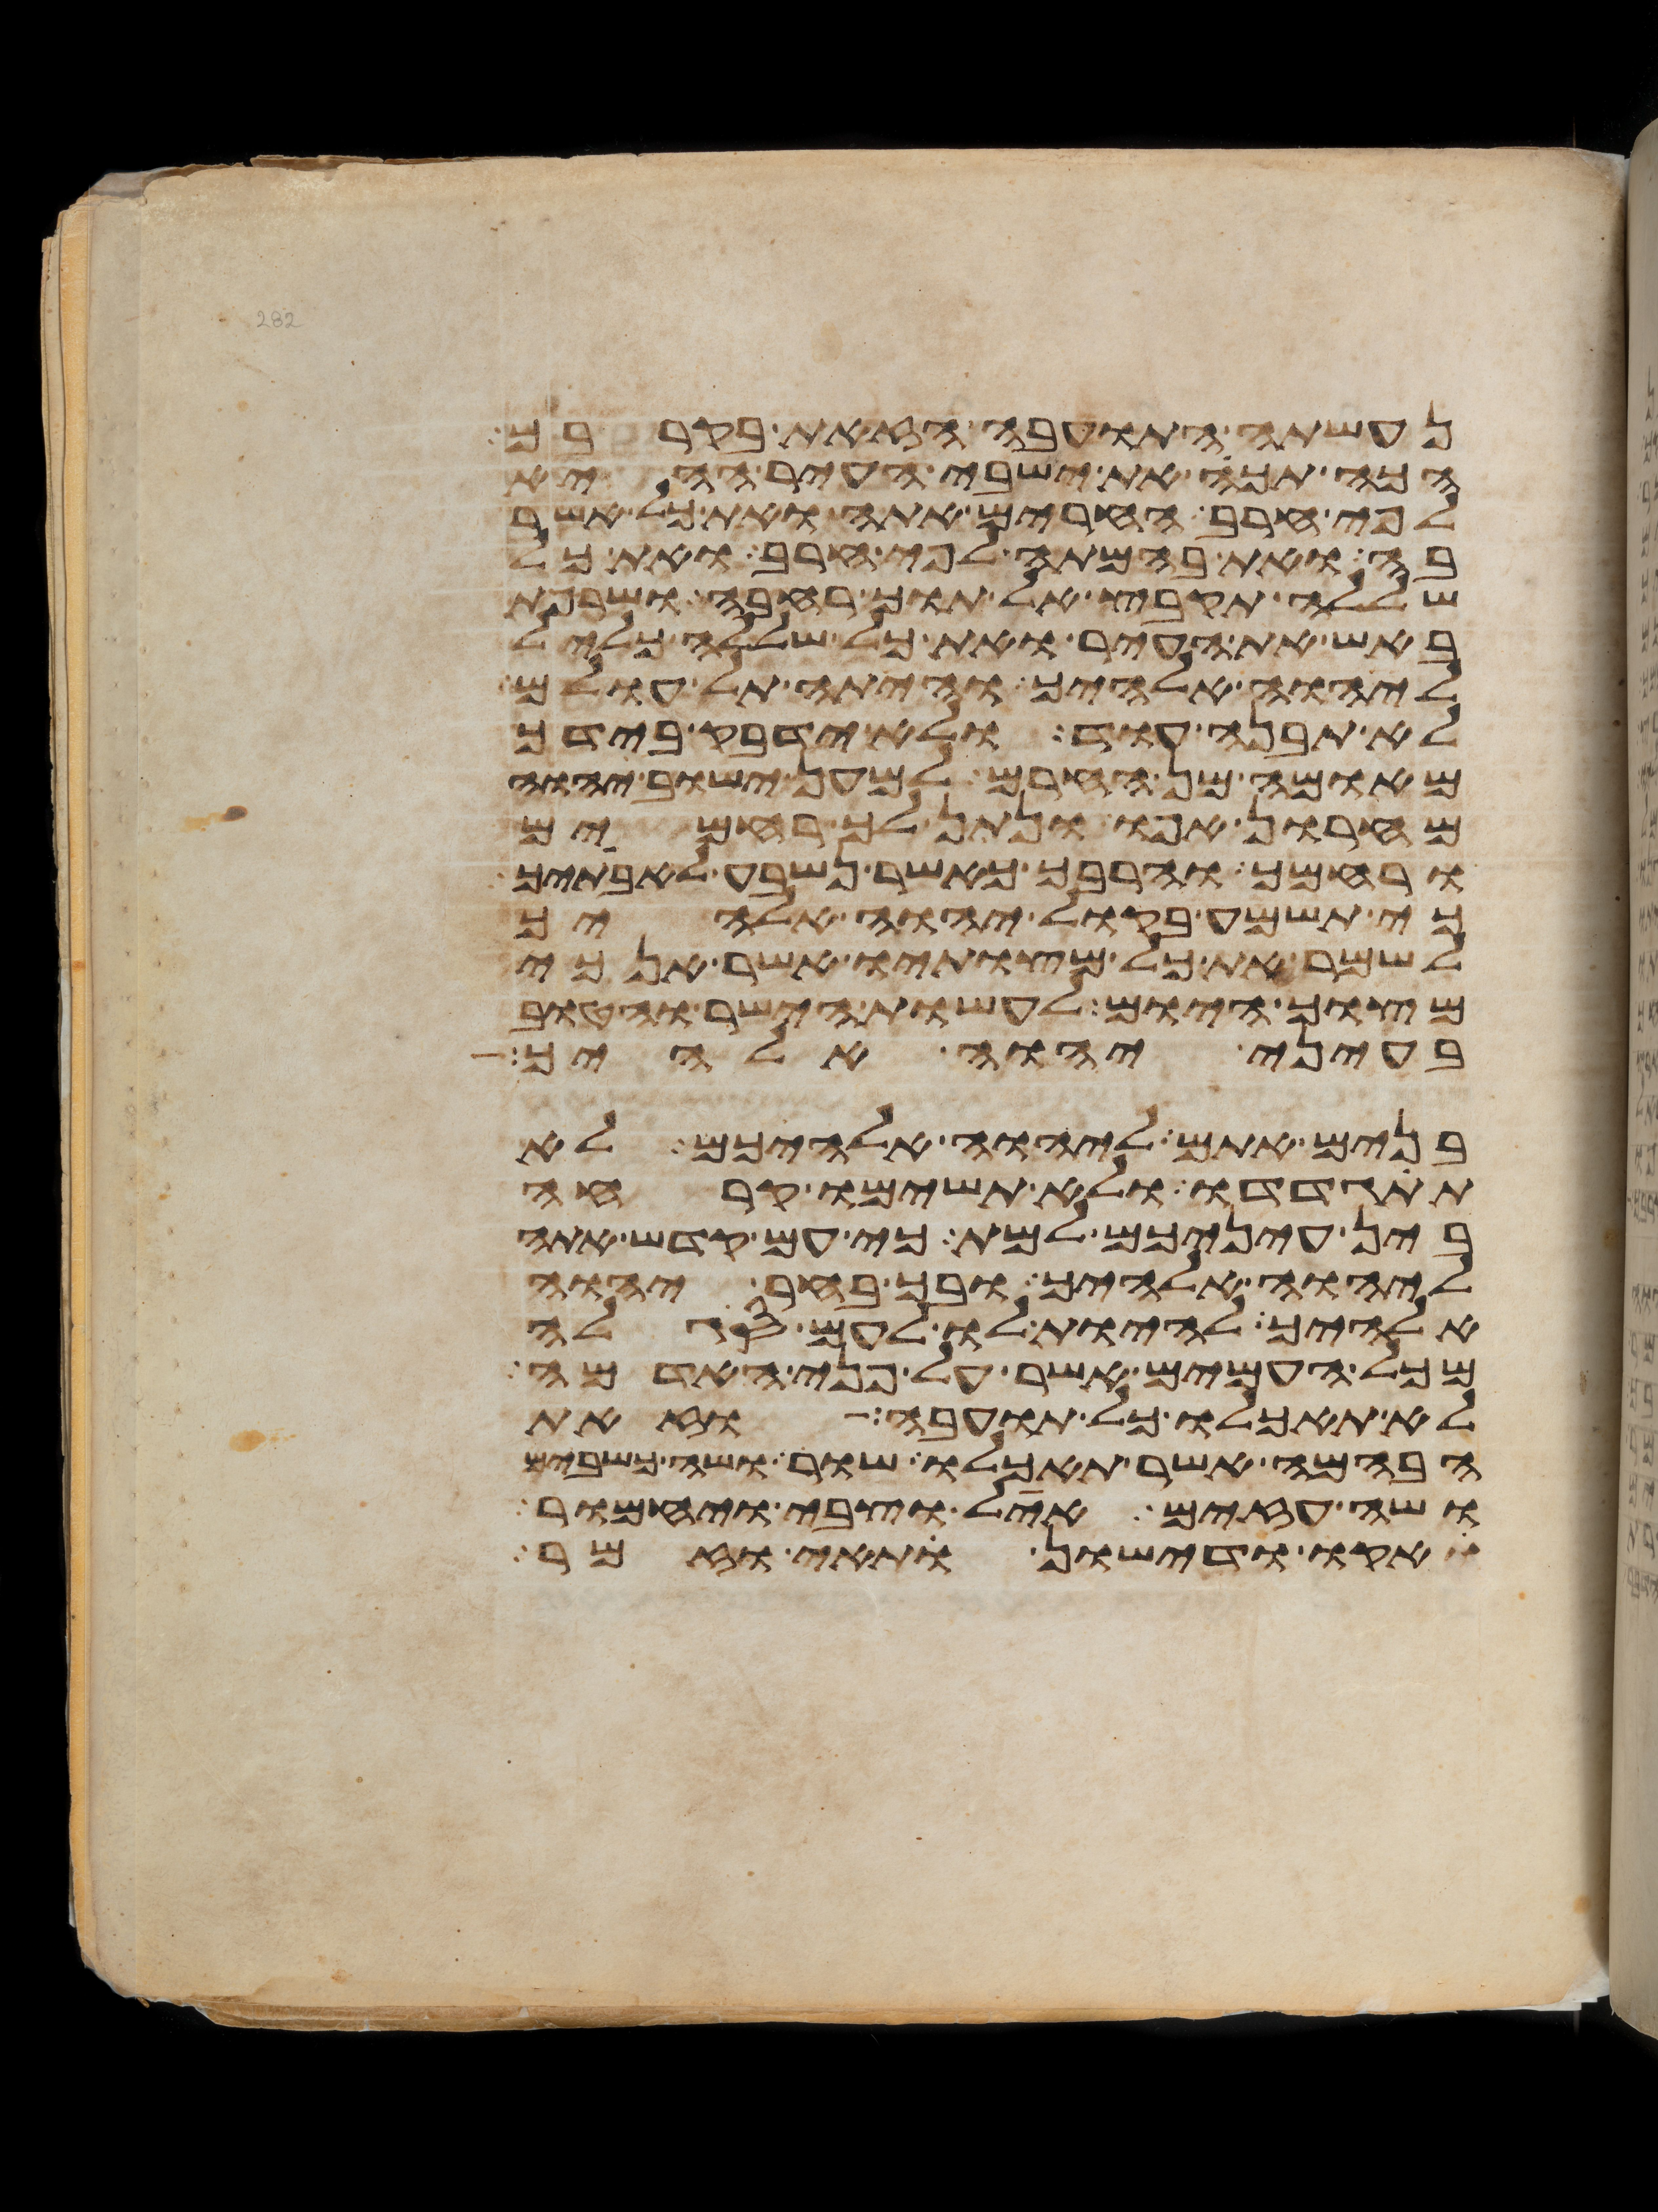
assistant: נעשתה התועבה הזאת בקרבך
הכה תכה את ישבי העיר ההיא
לפי חרב החרים אתה ואת כל אשר
בה ואת בהמתה לפי חרב ואת כל
שללה תקבץ אל תוך רחבה ושרפת
באש את העיר ואת כל שללה כליל
ליהוה אלהיך והיתה תל עולם
לא תבנה עוד ולא ידבק בידך
מאומה מן החרם למען ישוב יהוה
מחרון אפו ונתן לך רחמים
ורחמך והרבך כאשר נשבע לאבתיך
כי תשמע בקול יהוה אלהיך
לשמר את כל מצותיו אשר אנכי
מצוך היום לעשות הישר והטוב
בעיני יהוה אלהיך
בנים אתם ליהוה אלהיכם לא
תתגדדו ולא תשימו קרחה
בין עיניכם למת כי עם קדש אתה
ליהוה אלהיך ובך בחר יהוה
אלהיך להיות לו לעם סגלה
מכל העמים אשר על פני האדמה
לא תאכלו כל תועבה וזאת
הבהמה אשר תאכלו שור ושה כשבים
ושה עזים איל וצבי ויחמור
אקו ודישון ותאי וזמר